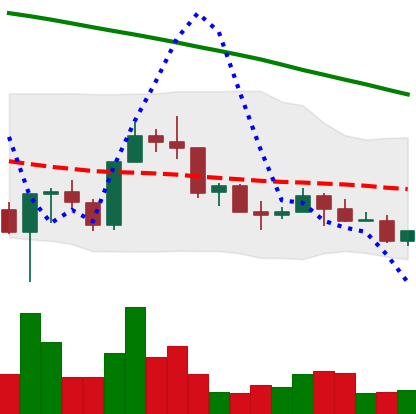
Ticker: NEO-USD
Chart end date: 2022-03-14
Forward return: 12.796%
Label: up_7plus